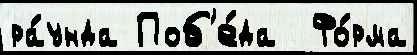
ра́унда Поб'е́да  Фо́рма